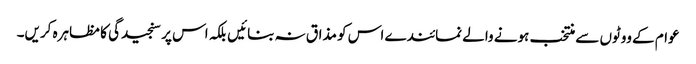
عوام کے ووٹوں سے منتخب ہونے والے نمائندے اس کو مذاق نہ بنائیں بلکہ اس پر سنجیدگی کا مظاہرہ کریں۔